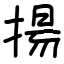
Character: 揚